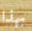
بهذا